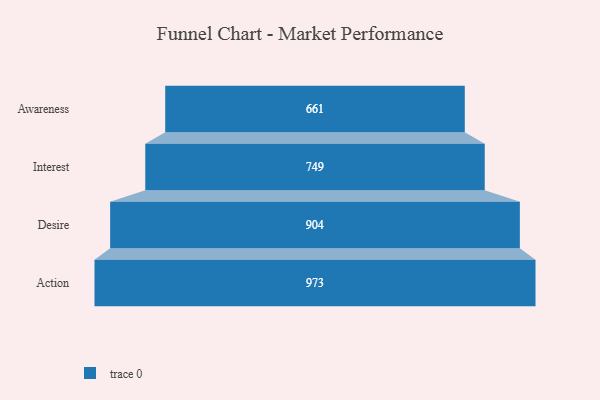
{"axis": {"x": "Stage", "y": "Value"}, "legend": [""], "data": [{"x": "Awareness", "y": 661.0, "type": ""}, {"x": "Interest", "y": 749.0, "type": ""}, {"x": "Desire", "y": 904.0, "type": ""}, {"x": "Action", "y": 973.0, "type": ""}]}